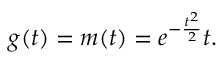
g ( t ) = m ( t ) = e ^ { - \frac { t ^ { 2 } } { 2 } } t .